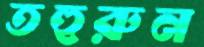
তহুরুন